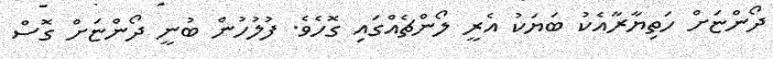
ދޯންޏަށް ހަތިޔާރާއެކު ބަޔަކު އެރީ ލޯންޗެއްގައި ގޮހެވެ. ފުލުހުން ބުނީ ދޯންޏަށް ގޮސް